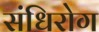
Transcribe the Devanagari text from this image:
संधिरोग